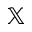
\mathbb { X }